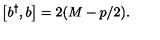
\left[ b ^ { \dagger } , b \right] = 2 ( M - p / 2 ) .